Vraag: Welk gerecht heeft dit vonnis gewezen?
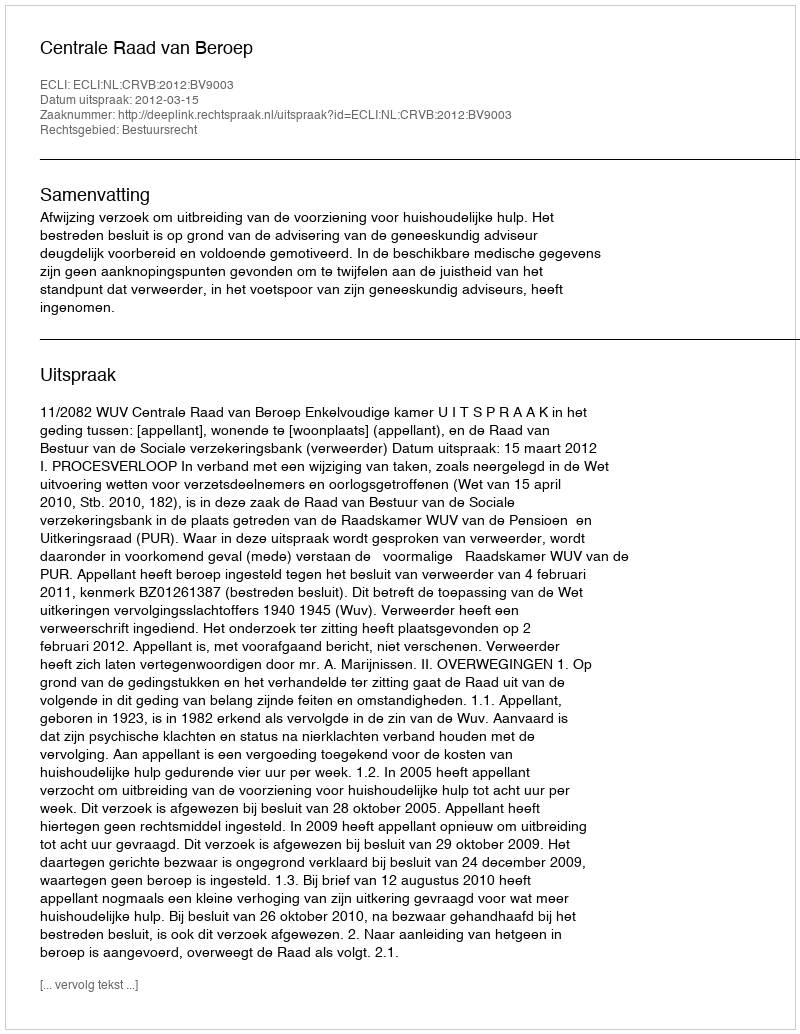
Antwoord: Centrale Raad van Beroep